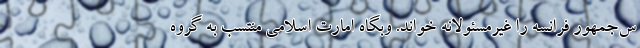
س‌جمهور فرانسه را غیرمسئولانه خواند. وبگاه امارت اسلامی منتسب به گروه